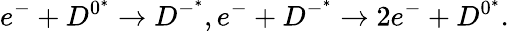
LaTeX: e^{-}+D^{0^{*}}\rightarrow D^{-^{*}},e^{-}+D^{-^{*}}\rightarrow 2e^{-}+D^{0^{*}}.